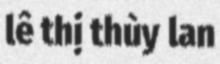
lê thị thùy lan